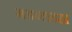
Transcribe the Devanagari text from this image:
मडब्लडहा